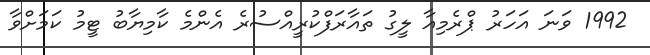
1992 ވަނަ އަހަރު ޕްރެމިއާ ލީގު ތައާރަފްކުރީއްސުރެ އެންމެ ކާމިޔާބު ޓީމު ކަމަށްވާ